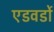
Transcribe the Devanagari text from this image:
एडवर्डो